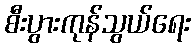
စီးပွားကုန်သွယ်ရေး